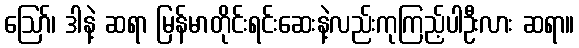
ဪ၊ ဒါနဲ့ ဆရာ မြန်မာတိုင်းရင်းဆေးနဲ့လည်းကုကြည့်ပါဦးလား ဆရာ။